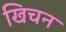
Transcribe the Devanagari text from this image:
खिचन